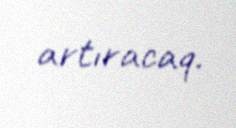
artıracaq.